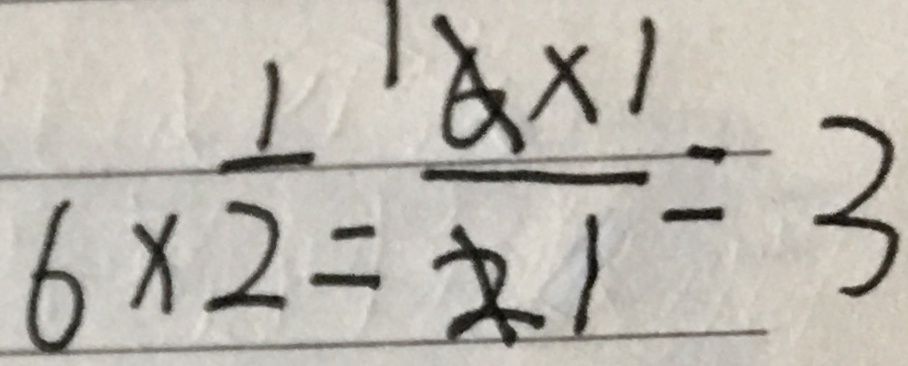
6 \times \frac { 1 } { 2 } = \frac { 6 \times 1 } { 2 } = 3